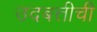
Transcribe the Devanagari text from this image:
उदबत्तीची